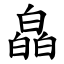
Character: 皛